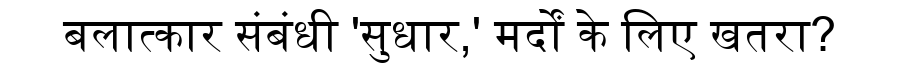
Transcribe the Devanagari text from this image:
बलात्कार संबंधी 'सुधार,' मर्दों के लिए खतरा?